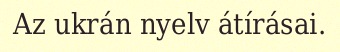
Az ukrán nyelv átírásai.